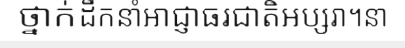
ថ្នាក់ដឹកនាំអាជ្ញាធរជាតិអប្សរា។នា